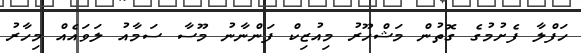
ހަފްލާ ފެށުމުގެ ގޮތުން މަޝްހޫރު މިއުޒިކް ފަންނާނު މޫސާ ސަމާއު ލަވައެއް މިހާރު